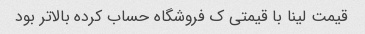
قیمت لینا با قیمتی ک فروشگاه حساب کرده بالاتر بود